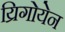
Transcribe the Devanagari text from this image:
य्रिगोयेन